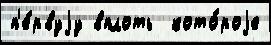
п'е́рвуjу вплоть  кото́роjе